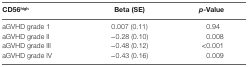
<table><thead><tr><td><b>CD56<sup>high</sup></b></td><td><b>Beta (SE)</b></td><td><b><i>p</i>-Value</b></td></tr></thead><tbody><tr><td>aGVHD grade 1</td><td>0.007 (0.11)</td><td>0.94</td></tr><tr><td>aGVHD grade II</td><td>−0.28 (0.10)</td><td>0.008</td></tr><tr><td>aGVHD grade III</td><td>−0.48 (0.12)</td><td>&lt;0.001</td></tr><tr><td>aGVHD grade IV</td><td>−0.43 (0.16)</td><td>0.009</td></tr></tbody></table>